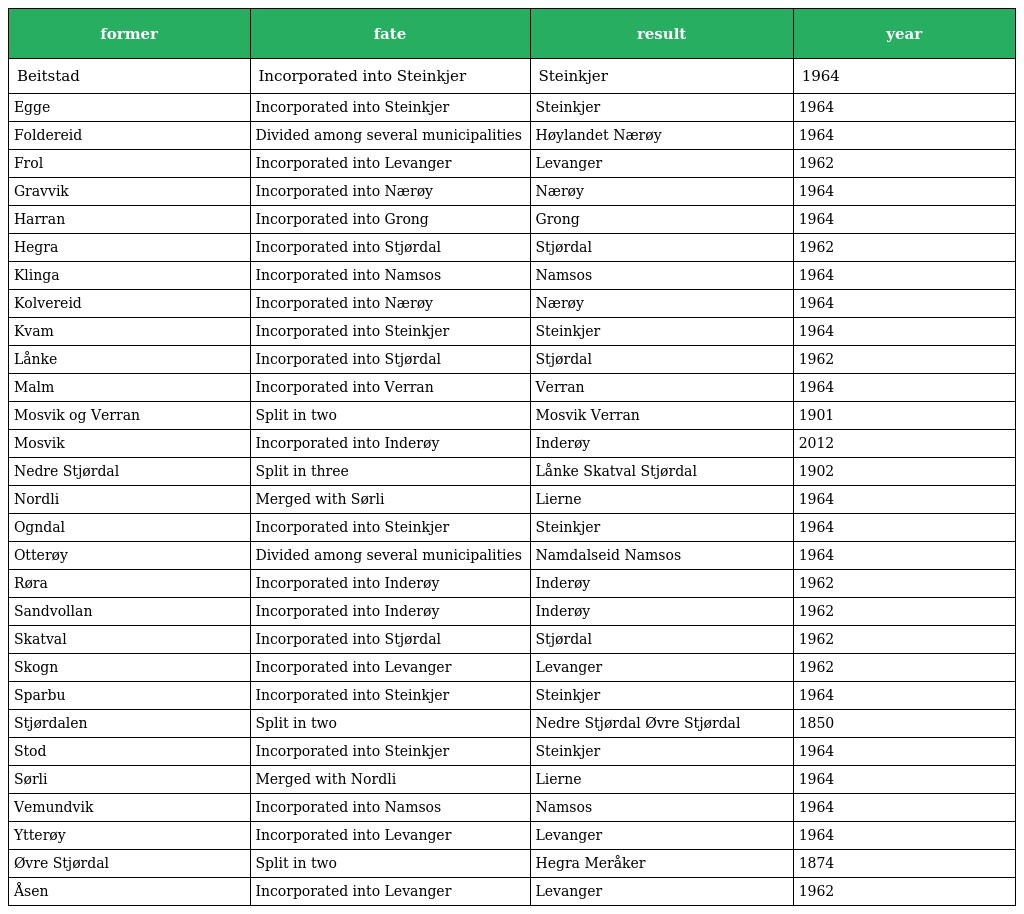
| former | fate | result | year |
 | --- | --- | --- | --- |
 | Beitstad | Incorporated into Steinkjer | Steinkjer | 1964 |
 | Egge | Incorporated into Steinkjer | Steinkjer | 1964 |
 | Foldereid | Divided among several municipalities | Høylandet Nærøy | 1964 |
 | Frol | Incorporated into Levanger | Levanger | 1962 |
 | Gravvik | Incorporated into Nærøy | Nærøy | 1964 |
 | Harran | Incorporated into Grong | Grong | 1964 |
 | Hegra | Incorporated into Stjørdal | Stjørdal | 1962 |
 | Klinga | Incorporated into Namsos | Namsos | 1964 |
 | Kolvereid | Incorporated into Nærøy | Nærøy | 1964 |
 | Kvam | Incorporated into Steinkjer | Steinkjer | 1964 |
 | Lånke | Incorporated into Stjørdal | Stjørdal | 1962 |
 | Malm | Incorporated into Verran | Verran | 1964 |
 | Mosvik og Verran | Split in two | Mosvik Verran | 1901 |
 | Mosvik | Incorporated into Inderøy | Inderøy | 2012 |
 | Nedre Stjørdal | Split in three | Lånke Skatval Stjørdal | 1902 |
 | Nordli | Merged with Sørli | Lierne | 1964 |
 | Ogndal | Incorporated into Steinkjer | Steinkjer | 1964 |
 | Otterøy | Divided among several municipalities | Namdalseid Namsos | 1964 |
 | Røra | Incorporated into Inderøy | Inderøy | 1962 |
 | Sandvollan | Incorporated into Inderøy | Inderøy | 1962 |
 | Skatval | Incorporated into Stjørdal | Stjørdal | 1962 |
 | Skogn | Incorporated into Levanger | Levanger | 1962 |
 | Sparbu | Incorporated into Steinkjer | Steinkjer | 1964 |
 | Stjørdalen | Split in two | Nedre Stjørdal Øvre Stjørdal | 1850 |
 | Stod | Incorporated into Steinkjer | Steinkjer | 1964 |
 | Sørli | Merged with Nordli | Lierne | 1964 |
 | Vemundvik | Incorporated into Namsos | Namsos | 1964 |
 | Ytterøy | Incorporated into Levanger | Levanger | 1964 |
 | Øvre Stjørdal | Split in two | Hegra Meråker | 1874 |
 | Åsen | Incorporated into Levanger | Levanger | 1962 |